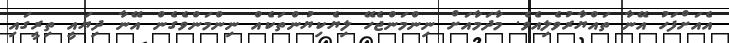
އެއަށްފަހު އޭނާ ތައްޔާރުވެލިއެވެ. މާދަމާއަށް ނިންމަންޖެހޭ ލިޔެކިޔުންތަކެއް ނިންމަންވެގެން އޭނާ ދިޔައީ ތިރީގައި